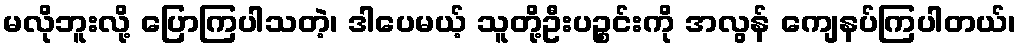
မလိုဘူးလို့ ပြောကြပါသတဲ့၊ ဒါပေမယ့် သူတို့ဦးပဉ္စင်းကို အလွန် ကျေနပ်ကြပါတယ်၊